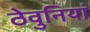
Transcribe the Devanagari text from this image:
ठेवुनियां